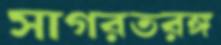
সাগরতরঙ্গ